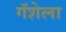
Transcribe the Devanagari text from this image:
गॅशेला